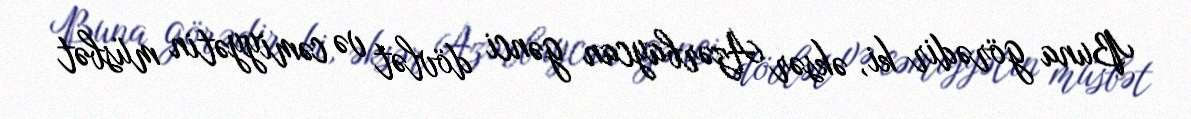
Buna görədir ki, əksər Azərbaycan gənci dövlət və cəmiyyətin müsbət